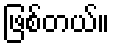
ဖြစ်တယ်။